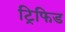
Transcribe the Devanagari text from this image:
ट्रिफिड